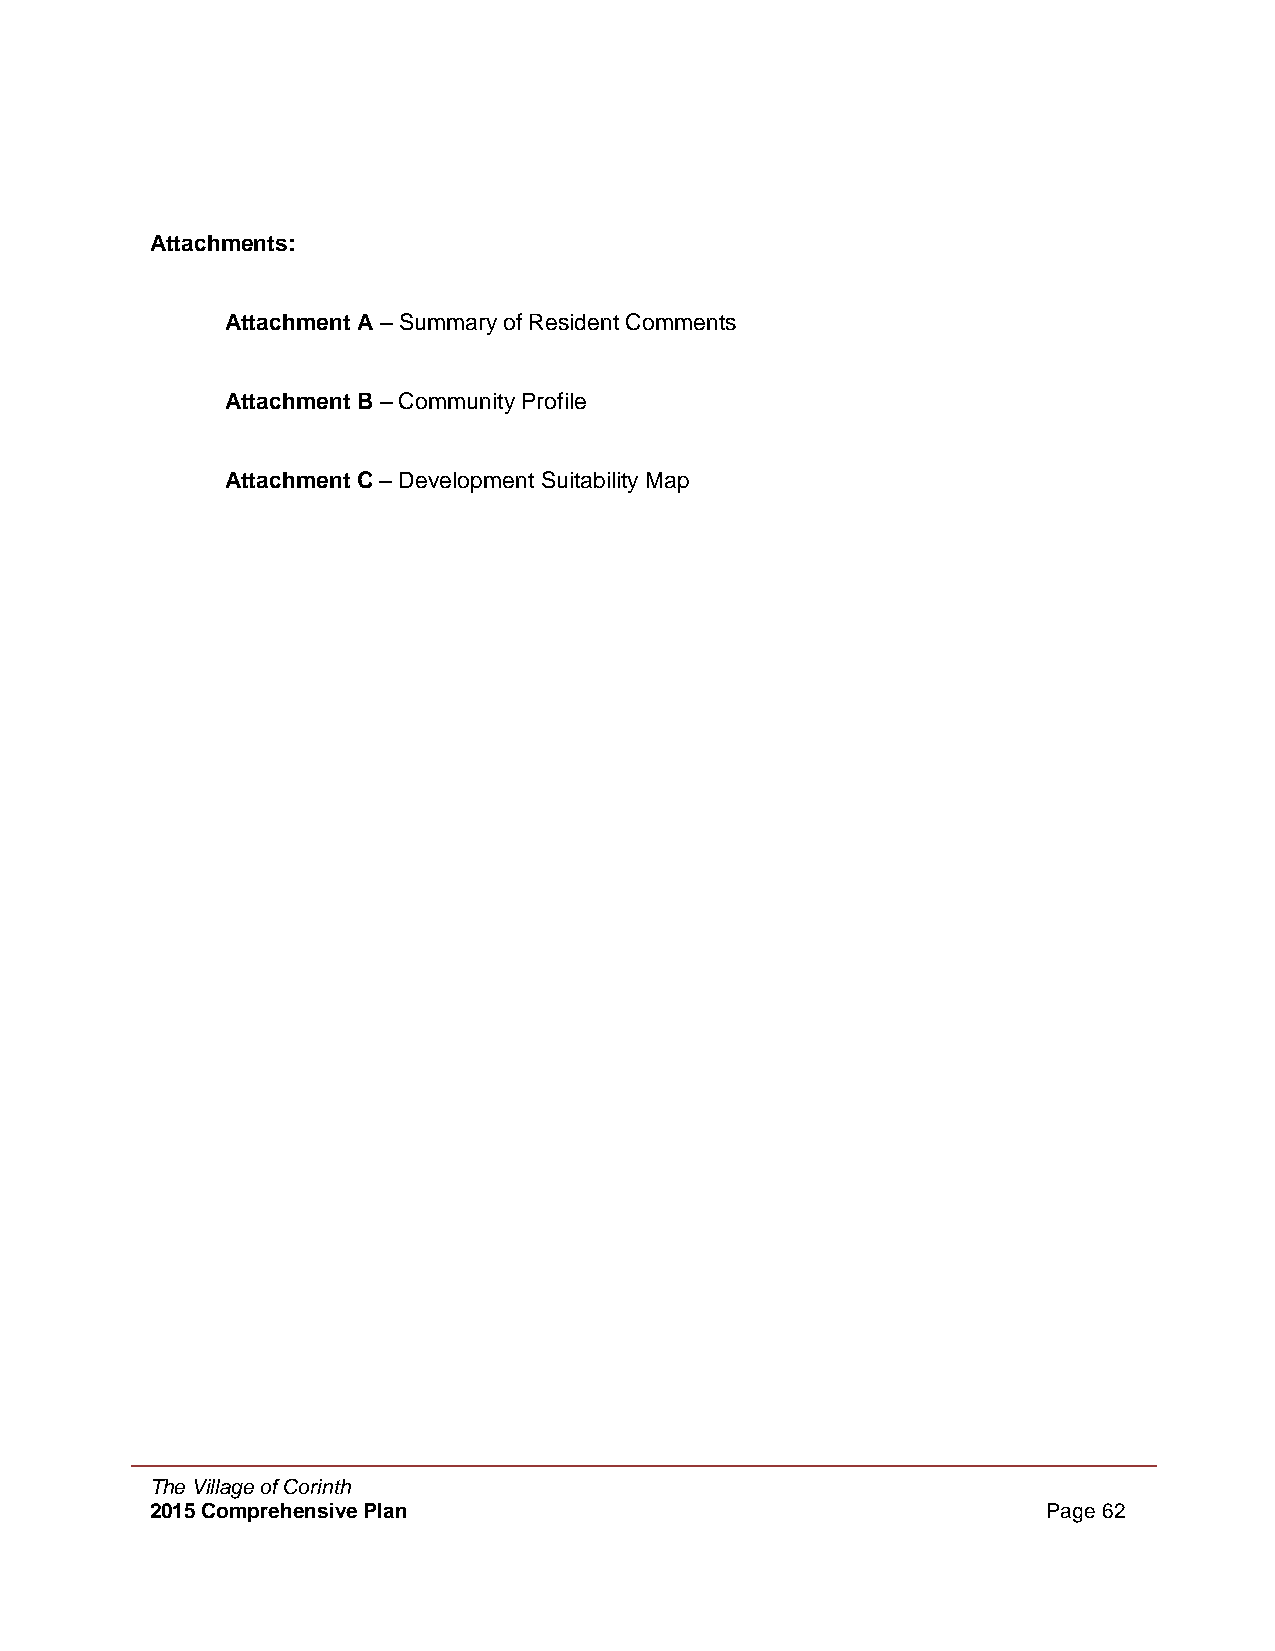
Attachments:
 Attachment A – Summary of Resident Comments
 Attachment B – Community Profile
 Attachment C – Development Suitability Map
 The Village of Corinth
 2015 Comprehensive Plan                                    Page 62